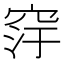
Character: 窏